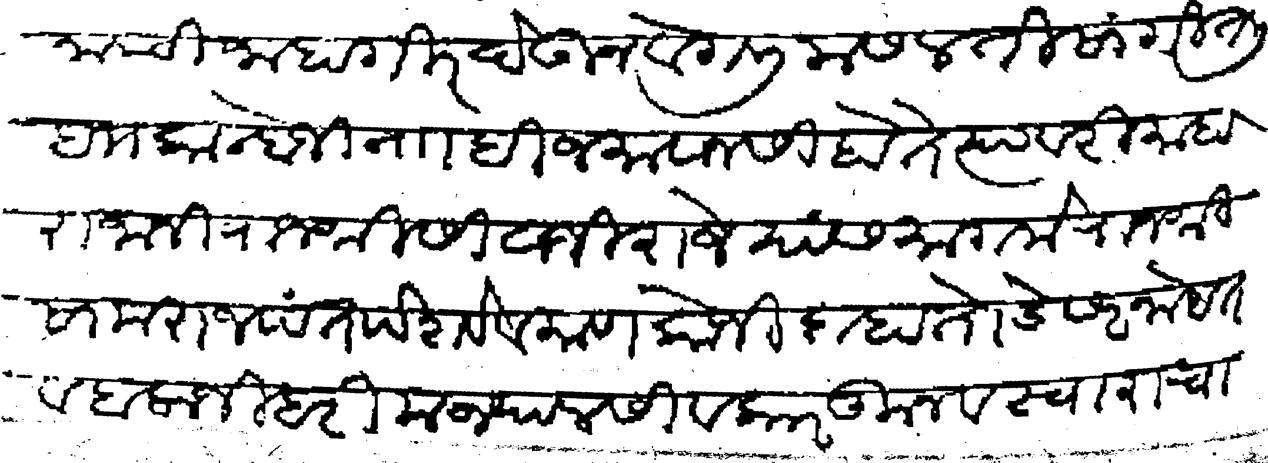
Transliteration (Devanagari): होनाची जाहागीर देऊन वेगली मसलती सांगितली बाा कान्होजी नाा ही जमावानसी होते त्यावरी माहाराजानी राजश्री सिवाजीराजे यां समागमे राजश्री सामराजपंत पेशवे व माणकोजी दाहातोडे सरनोबत व बालाजी हरी मज्यालसी व कारकून व स्वाराचा